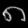
Digit: ၈